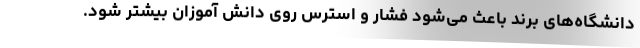
دانشگاه‌های برند باعث می‌شود فشار و استرس روی دانش آموزان بیشتر شود.